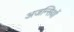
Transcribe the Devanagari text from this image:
अजन्सियों